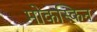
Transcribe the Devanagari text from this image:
मोकस्किन